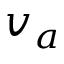
v _ { a }